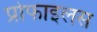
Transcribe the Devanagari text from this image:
प्रोफाइलस